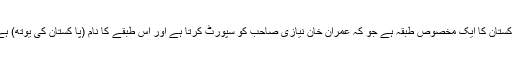
پاکستان کا ایک مخصوص طبقہ ہے جو کہ عمران خان نیازی صاحب کو سپورٹ کرتا ہے اور اس طبقے کا نام (پا کستان کی یوتھ) ہے۔